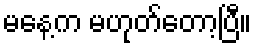
မနေ့က မဟုတ်တော့ပြီ။